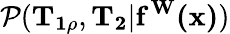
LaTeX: \mathcal{P}(\mathbf{{T_{1\rho}}},\mathbf{{T_{2}}}|\mathbf{{f^{W}(x)}})